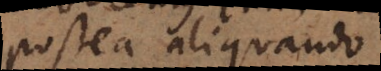
postea aliquando